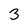
Character: 3